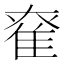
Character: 𨾮